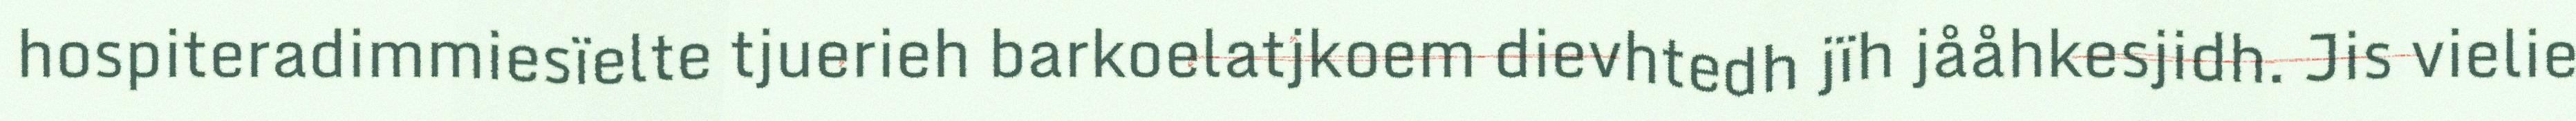
hospiteradimmiesïelte tjuerieh barkoelatjkoem dievhtedh jïh jååhkesjidh. Jis vielie